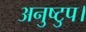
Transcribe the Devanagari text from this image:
अनुष्टुप।